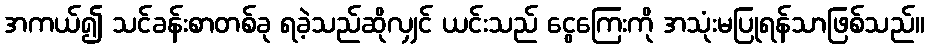
အကယ်၍ သင်ခန်းစာတစ်ခု ရခဲ့သည်ဆိုလျှင် ယင်းသည် ငွေကြေးကို အသုံးမပြုရန်သာဖြစ်သည်။